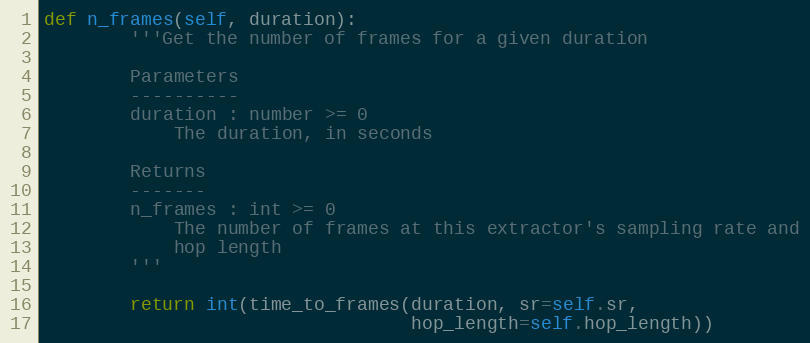
Language: Python
def n_frames(self, duration):
        '''Get the number of frames for a given duration

        Parameters
        ----------
        duration : number >= 0
            The duration, in seconds

        Returns
        -------
        n_frames : int >= 0
            The number of frames at this extractor's sampling rate and
            hop length
        '''

        return int(time_to_frames(duration, sr=self.sr,
                                  hop_length=self.hop_length))